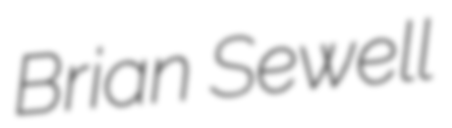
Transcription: Brian Sewell